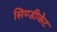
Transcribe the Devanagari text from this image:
सिण्डीकेट